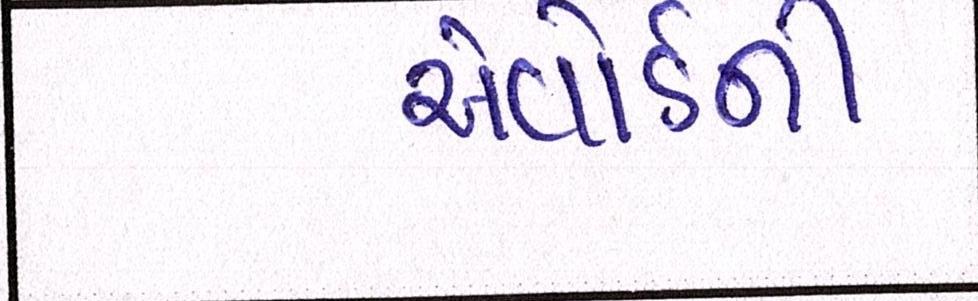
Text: એવોર્ડની